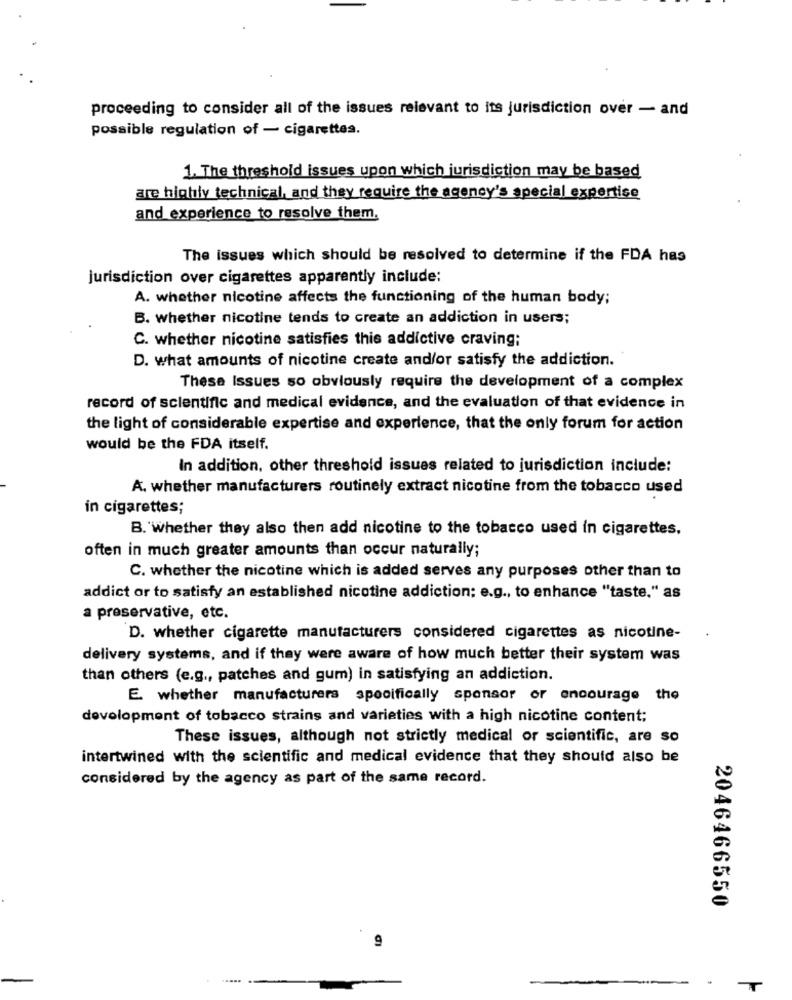
proceeding to consider all of the issues relevant to its jurisdiction over - and
possible regulation of - cigarettes.
1. The threshold issues upon which jurisdiction may be based
are highly technical, and they require the agency's special expertise
and experience to resolve them.
The issues which should be resolved to determine if the FDA has
jurisdiction over cigarettes apparently include:
A. whether nicotine affects the functioning of the human body;
B. whether nicotine tends to create an addiction in users;
C. whether nicotine satisfies this addictive craving;
D. what amounts of nicotine create and/or satisfy the addiction.
These Issues so obviously require the development of a complex
record of scientific and medical evidence, and the evaluation of that evidence in
the light of considerable expertise and experience, that the only forum for action
would be the FDA itself.
In addition, other threshold issues related to jurisdiction include:
A. whether manufacturers routinely extract nicotine from the tobacco used
in cigarettes;
B. Whether they also then add nicotine to the tobacco used in cigarettes,
often in much greater amounts than occur naturally;
C. whether the nicotine which is added serves any purposes other than to
addict or to satisfy an established nicotine addiction: e.g ., to enhance "taste," as
a preservative, etc.
D. whether cigarette manufacturers considered cigarettes as nicotine-
delivery systems, and if they were aware of how much better their system was
than others (e.g ., patches and gum) in satisfying an addiction.
E. whether manufacturers specifically sponsor or encourage the
development of tobacco strains and varieties with a high nicotine content;
These issues, although not strictly medical or scientific, are so
intertwined with the scientific and medical evidence that they should also be
considered by the agency as part of the same record.
2046466550
-
T